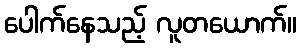
ပေါက်နေသည့် လူတယောက်။